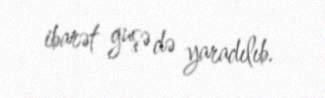
ibarət guşə də yaradılıb.